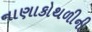
નાણાકોથળીની